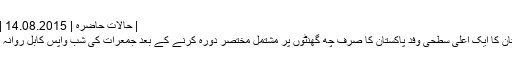
| حالات حاضرہ | DW | 14.08.2015
افغانستان کا ایک اعلیٰ سطحی وفد پاکستان کا صرف چھ گھنٹوں پر مشتمل مختصر دورہ کرنے کے بعد جمعرات کی شب واپس کابل روانہ ہو گیا۔